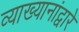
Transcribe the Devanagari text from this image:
व्याख्यानांद्वारे